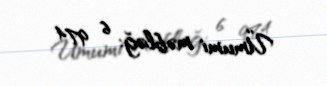
Ümumi məbləğ: 6 974